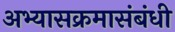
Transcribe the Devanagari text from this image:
अभ्यासक्रमासंबंधी